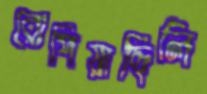
রোপিয়াছিলি